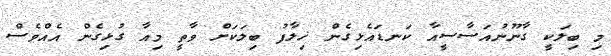
މި ބިލަކީ ގާނޫނުއަސާސީއާ ކަނޑައެޅިގެން ޚިލާފު ބިލަކަށް ވާތީ މިއާ ގުޅިގެން އެއްވެސް